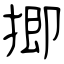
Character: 揤